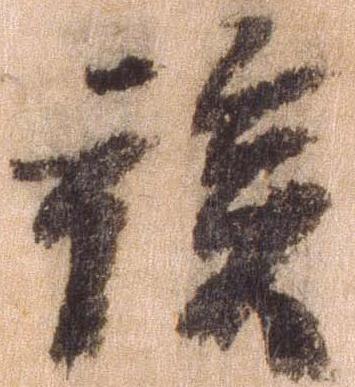
族